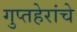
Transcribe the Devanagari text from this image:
गुप्तहेरांचे